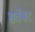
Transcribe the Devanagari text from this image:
सर्वेश्वरः